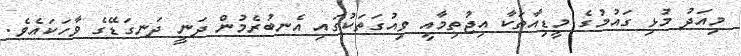
މިއަދު މުޅި ގައުމުގެ މީޑިއާތަކާ އިޖުތިމާއީ ވިއުގަތަކުގައި އެނބުރެމުން ދަނީ ދަނގަޑޭގެ ވާހަކައެވެ.